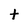
Character: t